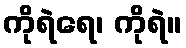
ကိုရဲရေ၊ ကိုရဲ။